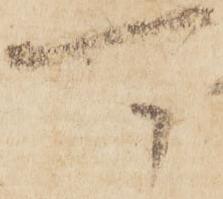
可